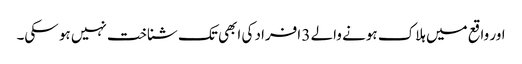
اور واقع میں ہلاک ہونے والے 3 افراد کی ابھی تک شناخت نہیں ہو سکی۔